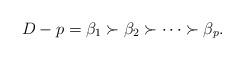
LaTeX: \begin{align*} D-p=\beta_1\succ\beta_2\succ\cdots\succ\beta_p. \end{align*}